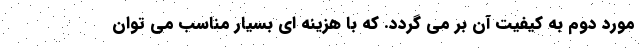
مورد دوم به کیفیت آن بر می گردد. که با هزینه ای بسیار مناسب می توان